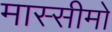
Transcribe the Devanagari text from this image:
मास्सीमो